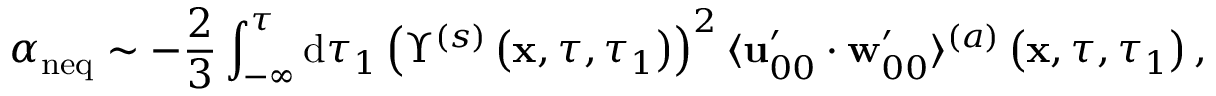
\alpha _ { \mathrm { n e q } } \sim - \frac { 2 } { 3 } \int _ { - \infty } ^ { \tau } \mathrm { d } \tau _ { 1 } \left( \Upsilon ^ { ( s ) } \left( \mathbf { x } , \tau , \tau _ { 1 } \right) \right) ^ { 2 } \langle \mathbf { u } _ { 0 0 } ^ { \prime } \cdot \mathbf { w } _ { 0 0 } ^ { \prime } \rangle ^ { ( a ) } \left( \mathbf { x } , \tau , \tau _ { 1 } \right) ,